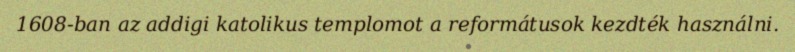
1608-ban az addigi katolikus templomot a reformátusok kezdték használni.